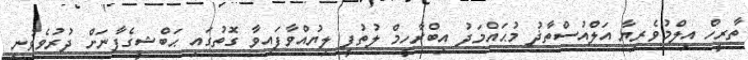
ތާރީހް އިލްމުވެރިޔާ އަލްއުސްތާޛު މުޙައްމަދު އިބްރާހީމް ލުތުފީ ލިޔުއްވާފައިވާ ގޮތުގައި ޙަބްޝީގެފާނަށް ދުރުވެވުނީ